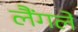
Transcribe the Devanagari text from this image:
लैंगले